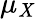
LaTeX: \mu_{\mathit{X}}